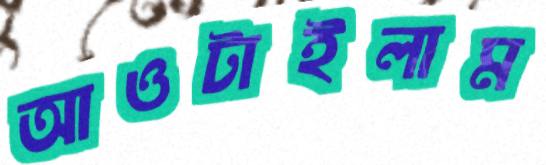
আওটাইলাম